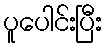
ပူပေါင်းပြီး